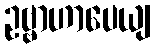
ဥဗ္ဗာဟာပေယျ